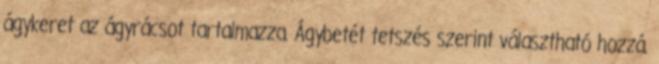
ágykeret az ágyrácsot tartalmazza. Ágybetét tetszés szerint választható hozzá.